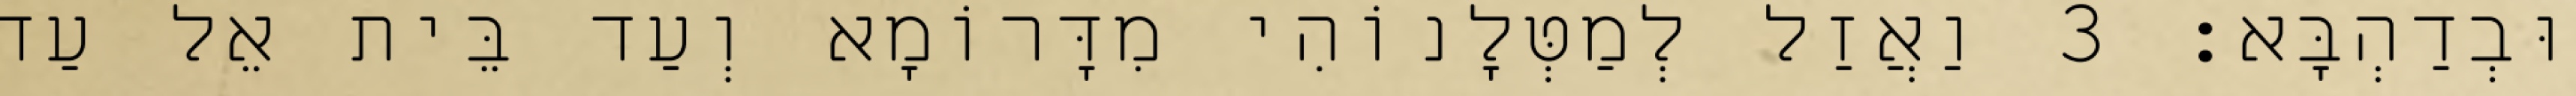
וּבְדַהְבָּא׃ 3 וַאֲזַל לְמַטְּלָנוֹהִי מִדָּרוֹמָא וְעַד בֵּית אֵל עַד